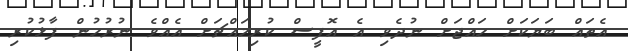
އެތައް ބަޔަކަށް ހައްޖަށް ނުދެވި އެ އޮފީސް ކުރިމައްޗަށް އެއްވެ ނުރުހުން ފާޅުކުރި